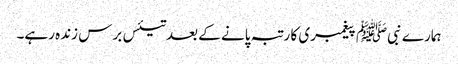
ہمارے نبیﷺ پیغمبری کا رتبہ پانے کے بعد تیئس برس زندہ رہے۔